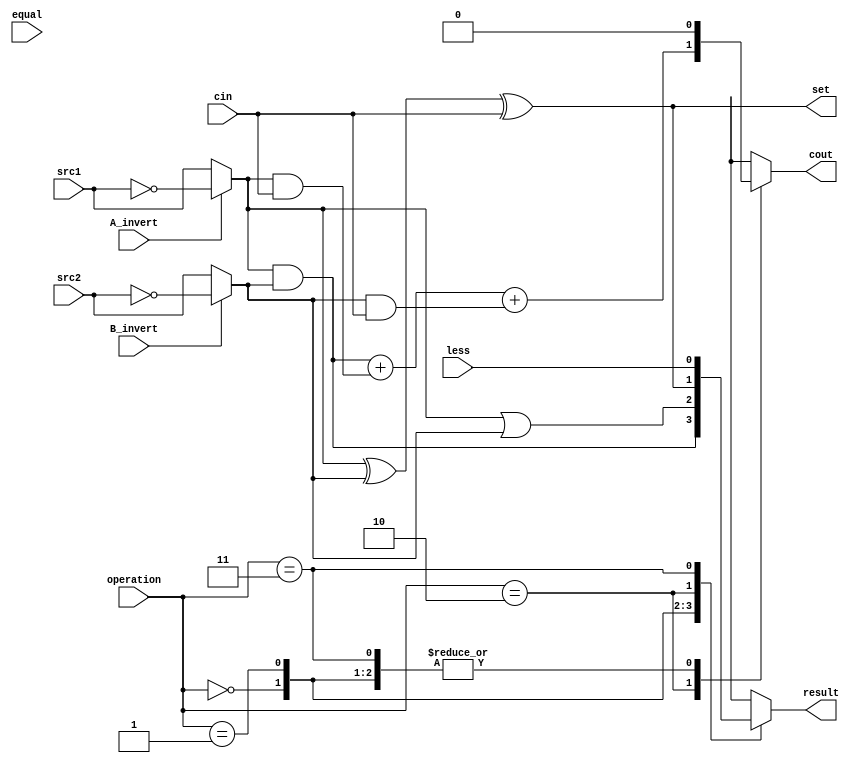
`timescale 1ns/1ps

//////////////////////////////////////////////////////////////////////////////////
// Company: 
// Engineer: 
// 
// Create Date:    
// Design Name: 
// Module Name:    alu_last 
// Project Name: 
// Target Devices: 
// Tool versions: 
// Description: 
//
// Dependencies: 
//
// Revision: 
// Revision 0.01 - File Created
// Additional Comments: 
//
//////////////////////////////////////////////////////////////////////////////////

module alu_last(
               src1,       //1 bit source 1 (input)
               src2,       //1 bit source 2 (input)
               less,       //1 bit less     (input)
               A_invert,   //1 bit A_invert (input)
               B_invert,   //1 bit B_invert (input)
               cin,        //1 bit carry in (input)
               operation,  //operation      (input)
               result,     //1 bit result   (output)
               cout,       //1 bit carry out(output)
	       set,
	       equal
	     
               );

input         src1;
input         src2;
input         less;
input         A_invert;
input         B_invert;
input         cin;
input [2-1:0] operation;

input 	      equal;

output        result;
output reg    cout;
output        set;
reg           result;
reg s1, s2;

assign set= s1^s2^cin; 

always@(*)
begin
	if(A_invert) s1= ~src1;  else s1=src1;

	if(B_invert) s2= ~src2; else s2=src2;
	case(operation)
        	2'b00:  begin //AND
			result=s1&s2;
			cout=0;
			end
		2'b01:  begin//OR
			result= s1 | s2;
			cout=0;
			end
		2'b10: begin//ADD
			result= s1^s2^cin; //^means XOR
			cout=(s1&s2)+(s1&cin)+(s2&cin);
			end
		2'b11: begin//LESS
			result= less; 
			cout=0;
//cout=(s1&s2)+(s1&cin)+(s2&cin);
			end
        endcase
end

endmodule